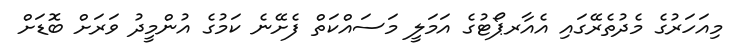
މިއަހަރުގެ މެދުތެރޭގައި އެއާރޕޯޓުގެ އަމަލީ މަސައްކަތް ފެށޭނެ ކަމުގެ އުންމީދު ވަރަށް ބޮޑަށް